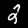
Label: 2